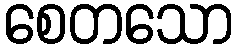
စေတသော